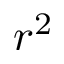
r ^ { 2 }